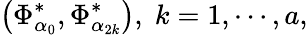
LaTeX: \left(\Phi_{\alpha_{0}}^{*},\Phi_{\alpha_{2k}}^{*}\right),\; k=1,\cdots,a,